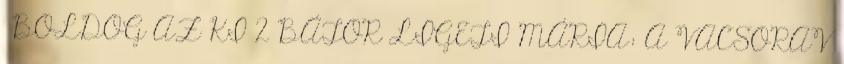
BOLDOG AZ KI 2 BÁTOR LIGETI MÁRIA: A VACSORAV